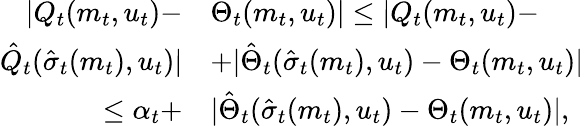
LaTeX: \begin{array}{rl}{|Q_{t}(m_{t},u_{t})-}&{\Theta_{t}(m_{t},u_{t})|\leq|Q_{t}(m_{t},u_{t})-}\\ {\hat{Q}_{t}(\hat{\sigma}_{t}(m_{t}),u_{t})|}&{+|\hat{\Theta}_{t}(\hat{\sigma}_{t}(m_{t}),u_{t})-\Theta_{t}(m_{t},u_{t})|}\\ {\leq\alpha_{t}+}&{|\hat{\Theta}_{t}(\hat{\sigma}_{t}(m_{t}),u_{t})-\Theta_{t}(m_{t},u_{t})|,}\end{array}